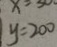
y = 2 0 0